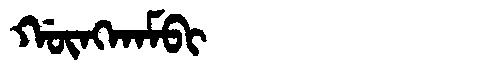
Manchu: ᡤᡡᠩᡴᠠᠮᠪᡳ
Romanization: GŪNGKAMBI